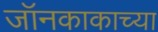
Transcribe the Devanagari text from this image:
जॉनकाकाच्या